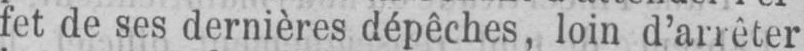
fet de ses dernières dépêches, loin d’arrêter